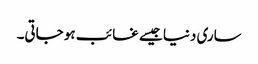
ساری دنیا جیسے غائب ہو جاتی۔